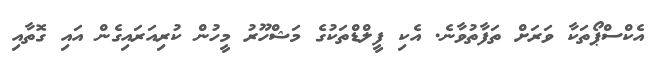
އެކްސްޕޯތަކާ ވަރަށް ތަފާތުވާނެ. އެކި ފީލްޑްތަކުގެ މަޝްހޫރު މީހުން ކުރިއަރައިގެން އައި ގޮތާއި